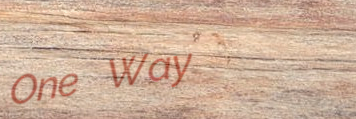
One Way